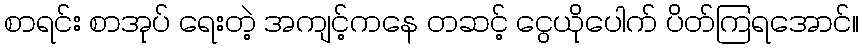
စာရင်း စာအုပ် ရေးတဲ့ အကျင့်ကနေ တဆင့် ငွေယိုပေါက် ပိတ်ကြရအောင်။